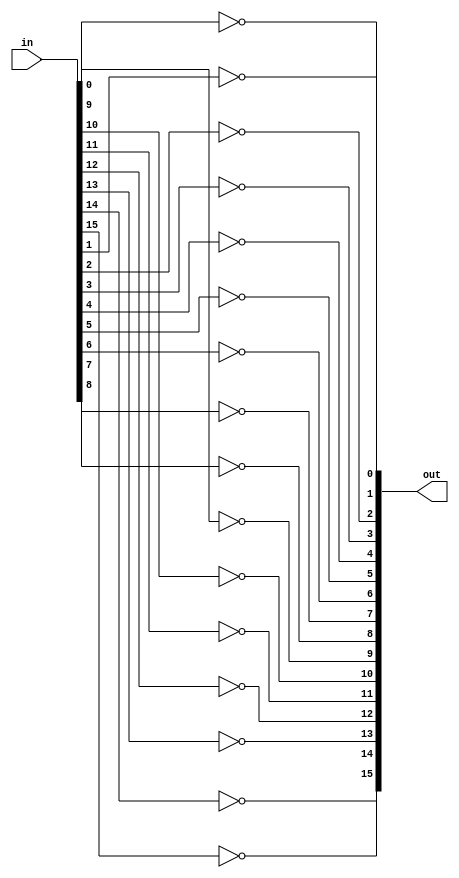
/* mdulo Not16 */

`ifndef _Not16_
`define _Not16_


module Not16(out, in);
    // Declarando as entradas/saidas
    input [15:0] in;
    output [15:0] out;

    // Conexoes internas do modulo
    not not0(out[0], in[0]);
    not not1(out[1], in[1]);
    not not2(out[2], in[2]);
    not not3(out[3], in[3]);
    not not4(out[4], in[4]);
    not not5(out[5], in[5]);
    not not6(out[6], in[6]);
    not not7(out[7], in[7]);
    not not8(out[8], in[8]);
    not not9(out[9], in[9]);
    not not10(out[10], in[10]);
    not not11(out[11], in[11]);
    not not12(out[12], in[12]);
    not not13(out[13], in[13]);
    not not14(out[14], in[14]);
    not not15(out[15], in[15]);

endmodule

`endif